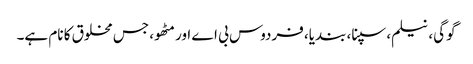
گوگی، نیلم، سپنا، بندیا، فردوس بی اے اور مٹھو، جس مخلوق کا نام ہے۔